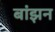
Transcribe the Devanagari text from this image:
बांझन